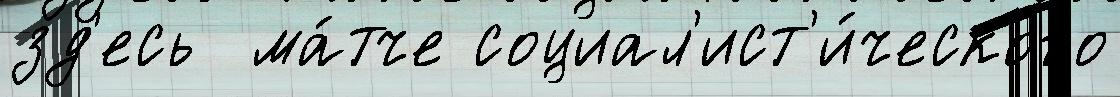
зд'есь  ма́тче социал'ист'и́ческого